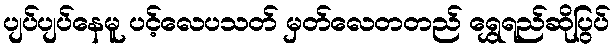
ပျပ်ပျပ်နေမူ ပင့်လေပသတ် မှတ်လေတတည် ရွှေရည်ဆိုပြွပ်